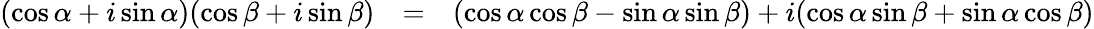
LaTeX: \begin{array}{rcl}{(\cos\alpha+i\sin\alpha)(\cos\beta+i\sin\beta)}&{=}&{(\cos\alpha\cos\beta-\sin\alpha\sin\beta)+i(\cos\alpha\sin\beta+\sin\alpha\cos\beta)}\end{array}